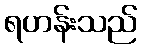
ရဟန်းသည်